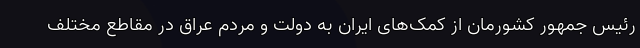
رئیس جمهور کشورمان از کمک‌های ایران به دولت و مردم عراق در مقاطع مختلف